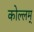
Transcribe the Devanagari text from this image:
कोल्लम्‌